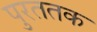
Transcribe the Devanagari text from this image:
पुरततक